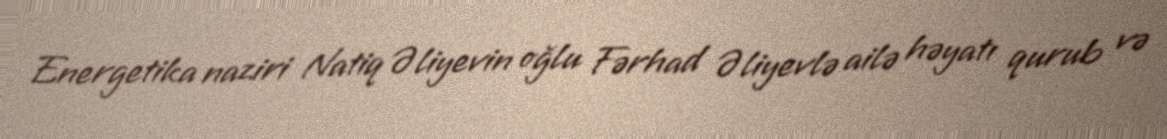
Energetika naziri Natiq Əliyevin oğlu Fərhad Əliyevlə ailə həyatı qurub və